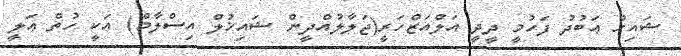
ޝައިޚް ޢަބުދު ފަހުމީ ދީދީ އަލްއަޒްހަރީ(ޖަލާލުއްދީން ޝައިޚުލް އިސްލާމް) އަކީ ހުތް ޢަލީ